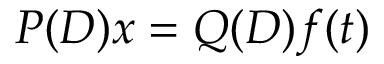
P ( D ) x = Q ( D ) f ( t )